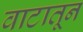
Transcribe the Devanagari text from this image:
वाटातून